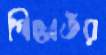
পিয়েতঁর